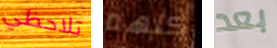
تلاحظي كلهم بعد